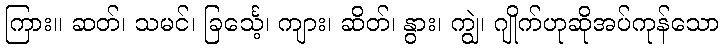
ကြား။ ဆတ်၊ သမင်၊ ခြင်္သေ့၊ ကျား၊ ဆိတ်၊ နွား၊ ကျွဲ၊ ဂျိုက်ဟုဆိုအပ်ကုန်သော